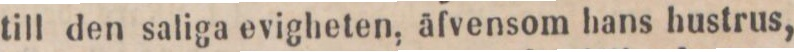
till den saliga evigheten, äfvensom hans hustrus,